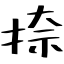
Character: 捺